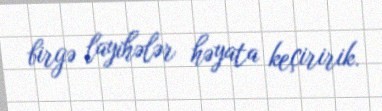
birgə layihələr həyata keçiririk.